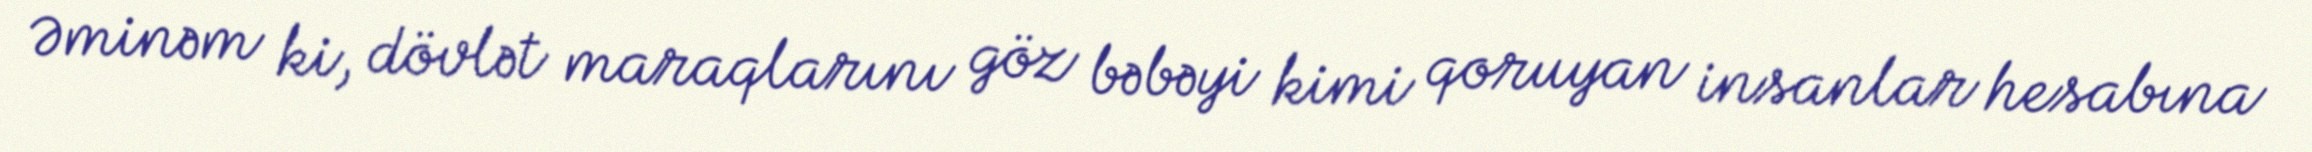
Əminəm ki, dövlət maraqlarını göz bəbəyi kimi qoruyan insanlar hesabına